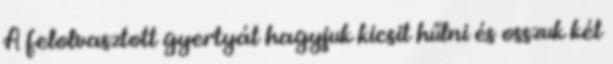
A felolvasztott gyertyát hagyjuk kicsit hűlni és osszuk két